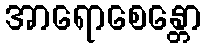
အာရောစေန္တော